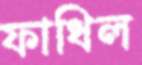
ফাধিল